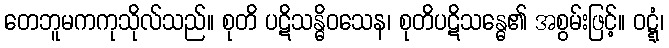
တေဘူမကကုသိုလ်သည်။ စုတိ ပဋိသန္ဓိဝသေန၊ စုတိပဋိသန္ဓေ၏ အစွမ်းဖြင့်။ ဝဋ္ဋံ၊